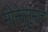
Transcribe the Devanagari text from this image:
मोक्तेसुमाचे